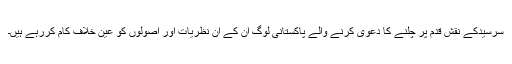
سرسیدکے نقش قدم پر چلنے کا دعوی کرنے والے پاکستانی لوگ ان کے ان نظریات اور اصولوں کو عین خلاف کام کررہے ہیں۔